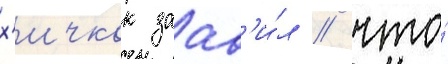
х'ичкок заав'и́л / что́